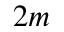
2 m